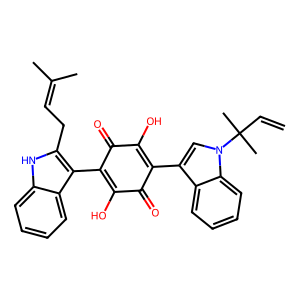
SMILES: C=CC(C)(C)n1cc(C2=C(O)C(=O)C(c3c(CC=C(C)C)[nH]c4ccccc34)=C(O)C2=O)c2ccccc21
Inhibits HIV replication: No